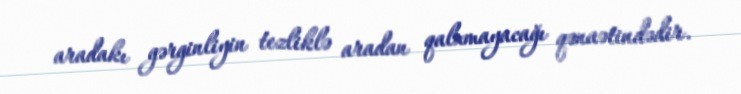
aradakı gərginliyin tezliklə aradan qalxmayacağı qənaətindədir.